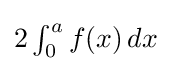
{\textstyle 2\int _{0}^{a}f(x)\,dx}